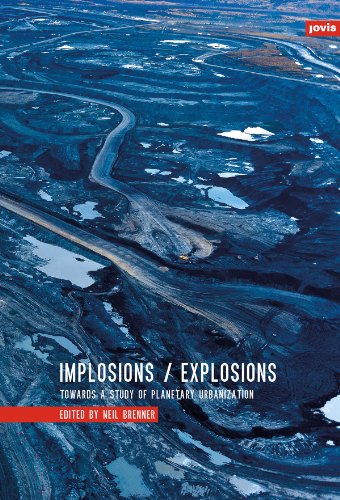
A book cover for Implosions/Explosions: Towards a Study of Planetary Urbanization; Arts & Photography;